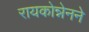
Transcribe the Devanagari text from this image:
रायकोन्नेनने